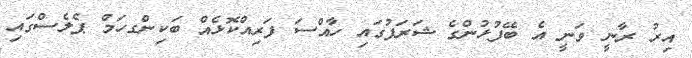
އިރު ރާނީ ވަނީ އެ ބޭފުޅުންގެ ޝަރަފުގައި ހާއްސަ ފަރިއްކޮޅެއް ބަކިންގހަމް ޕެލެސްގައި